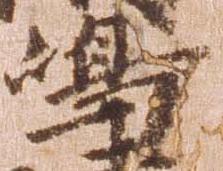
島